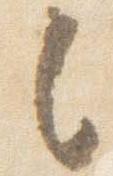
之